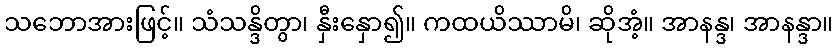
သဘောအားဖြင့်။ သံသန္ဒိတွာ၊ နှီးနှော၍။ ကထယိဿာမိ၊ ဆိုအံ့။ အာနန္ဒ၊ အာနန္ဒာ။